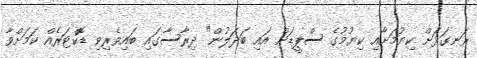
ރަނގަޅަށް ކިޔުމަށާއި ކިޔުމުގެ ސްޕީޑަށް އައި ބަދަލުން" ދިރާސާގައި ބައިވެރިވި ޑޮކްޓަރެއް ކަމަށްވާ